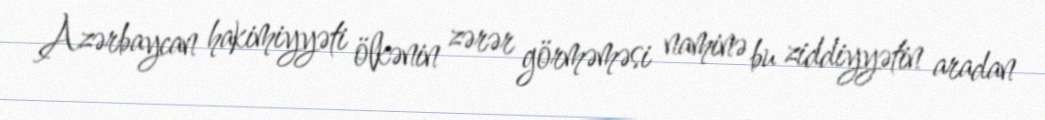
Azərbaycan hakimiyyəti ölkənin zərər görməməsi naminə bu ziddiyyətin aradan